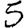
Digit: 5